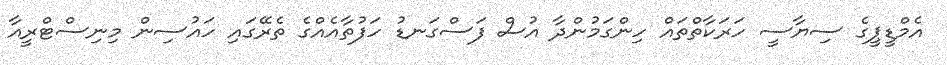
އެމްޑީޕީގެ ސިޔާސީ ހަރަކާތްތައް ހިންގަމުންދާ އުސް ފަސްގަނޑު ހަފުތާއެއްގެ ތެރޭގައި ހައުސިން މިނިސްޓްރީއާ